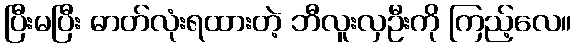
ပြီးမပြီး ဓာတ်လုံးရထားတဲ့ ဘီလူးလှဦးကို ကြည့်လေ။